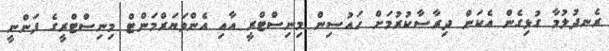
ރެނދުލުމާ ގުޅިގެން އެކަން ދިރާސާކުރުމަށް ހައުސިން މިނިސްޓްރީ އާއި އެންވަޔަރްމަންޓް މިނިސްޓްރީގެ ފަންނީ